Scottish Leaving Certificate Examination, 1954
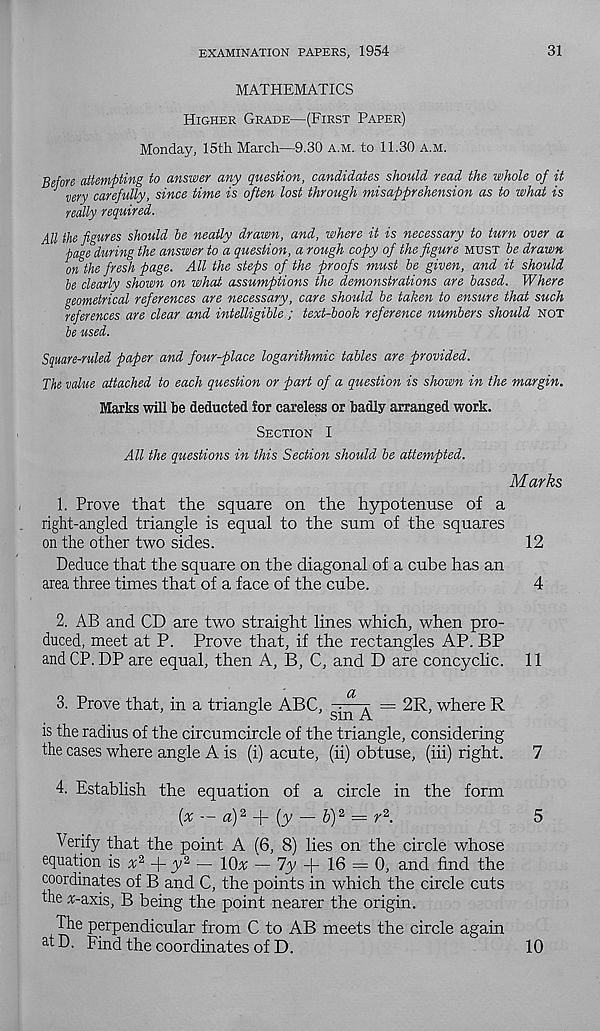
EXAMINATION PAPERS, 1954
31
MATHEMATICS
Higher Grade—(First Paper)
Monday, 15th March—9.30 a.m. to 11.30 a.m.
Before attempting to answer any question, candidates should read the whole of it
J
ver y carefully, since time is often lost through misapprehension as to what is
really required.
All the figures should le neatly drawn, and, where it is necessary to turn over a
page during the answer to a question, a rough copy of the figure must he drawn
on the fresh page. All the steps of the proofs must be given, and it should
he dearly shown on what assumptions the demonstrations are based. Where
geometrical references are necessary, care should be taken to ensure that such
references are clear and intelligible ; text-book reference numbers should not
be used.
Square-ruled paper and four-place logarithmic tables are provided.
The value attached to each question or part of a question is shown in the margin.
Marks will be deducted for careless or badly arranged work.
Section I
All the questions in this Section should be attempted.
Marks
1. Prove that the square on the hypotenuse of a
right-angled triangle is equal to the sum of the squares
on the other two sides.
12
Deduce that the square on the diagonal of a cube has an
area three times that of a face of the cube.
4
2. AB and CD are two straight lines which, when pro-
duced, meet at P. Prove that, if the rectangles AP. BP
and CP. DP are equal, then A, B, C, and D are concychc. 11
3. Prove that, in a triangle ABC,
= 2R, where R
is the radius of the circumcircle of the triangle, considering
the cases where angle A is (i) acute, (ii) obtuse, (hi) right.
7
4. Establish the equation of a circle in the form
[x — a) 2
(y — 6) 2 = r 2 .
5
Verify that the point A (6, 8) lies on the circle whose
equation is ^2
y 2 — IQx — 7y -f- 16 = 0, and find the
coordinates of B and C, the points in which the circle cuts
the :r-axis, B being the point nearer the origin.
^e perpendicular from C to AB meets the circle again
a tD. Find the coordinates of D.
10